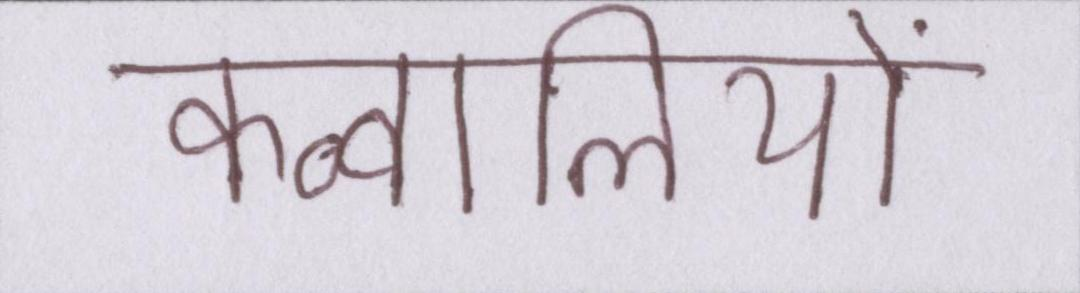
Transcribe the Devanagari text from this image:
कव्वालियों